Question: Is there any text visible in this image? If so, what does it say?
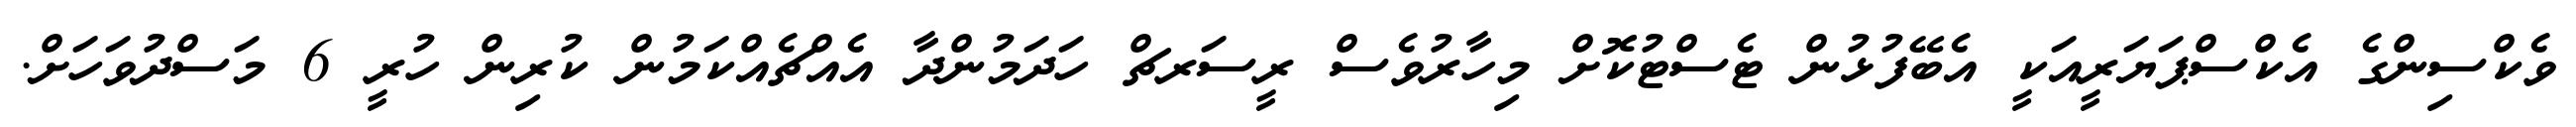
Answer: ވެކްސިންގެ އެކްސްޕަޔަރީއަކީ އެބޭފުޅުން ޓެސްޓުކޮށް މިހާރުވެސް ރީސަރޗް ހަދަމުންދާ އެއްޗެއްކަމުން ކުރިން ހުރީ 6 މަސްދުވަހަށް.